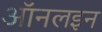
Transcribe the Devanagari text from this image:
ऑनलइन